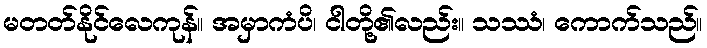
မတတ်နိုင်လေကုန်။ အမှာကံပိ၊ ငါတို့၏လည်း။ သဿံ၊ ကောက်သည်။